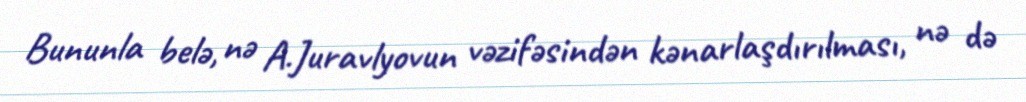
Bununla belə, nə A.Juravlyovun vəzifəsindən kənarlaşdırılması, nə də